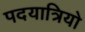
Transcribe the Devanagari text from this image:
पदयात्रियो